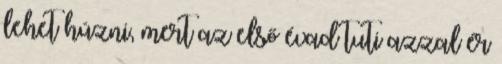
lehet húzni, mert az első évad tuti azzal ér